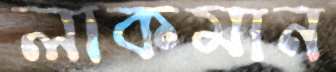
লাকমান